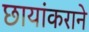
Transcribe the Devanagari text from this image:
छायांकराने